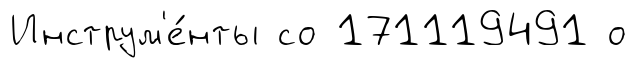
Инструм'е́нты со 171119491 о